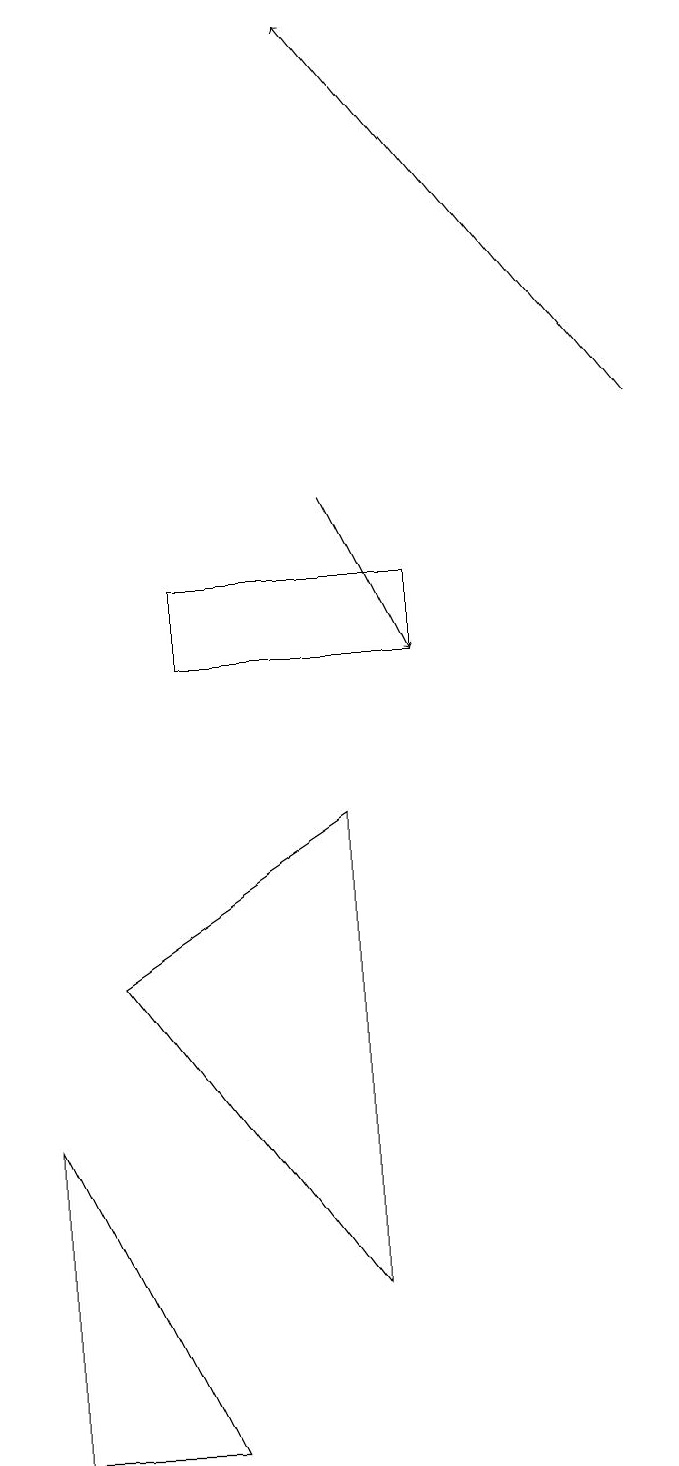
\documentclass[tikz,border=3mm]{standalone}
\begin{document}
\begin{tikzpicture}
\draw (0,4) -- (2,0) -- (0,0) -- cycle;
\draw (5,11) rectangle (2,10);
\draw (1,6) -- (4,8) -- (4,2) -- cycle;
\draw[->] (4,12) -- (5,10);
\draw[->] (8,13) -- (4,18);
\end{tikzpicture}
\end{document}